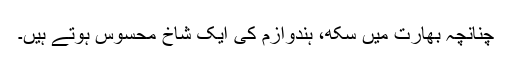
چنانچہ بھارت میں سکھ، ہندوازم کی ایک شاخ محسوس ہوتے ہیں۔